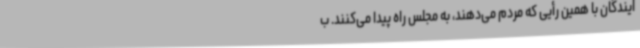
ایندگان با همین رأیی که مردم می‌دهند، به مجلس راه پیدا می‌کنند. ب